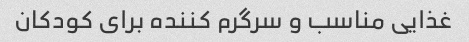
غذایی مناسب و سرگرم کننده برای کودکان